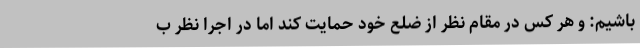
باشیم: و هر کس در مقام نظر از ضلع خود حمایت کند اما در اجرا نظر ب